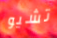
تشيو